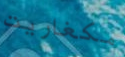
مكغاريت